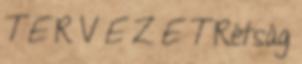
T E R V E Z E T Rétság